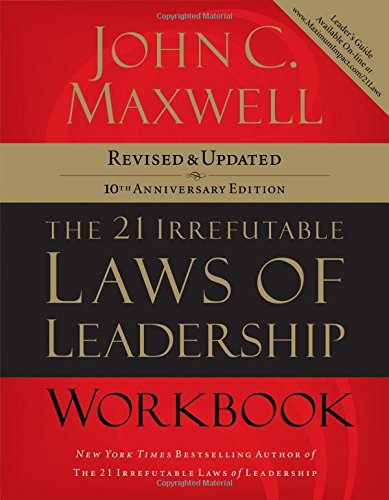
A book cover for The 21 Irrefutable Laws of Leadership Workbook: Revised and   Updated; John C. Maxwell; Business & Money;